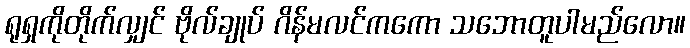
ရုရှကိုတိုက်လျှင် ဗိုလ်ချုပ် ဂိန်မလင်ကကော သဘောတူပါမည်လော။